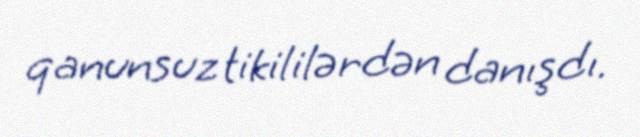
qanunsuz tikililərdən danışdı.